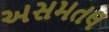
અસમતલ